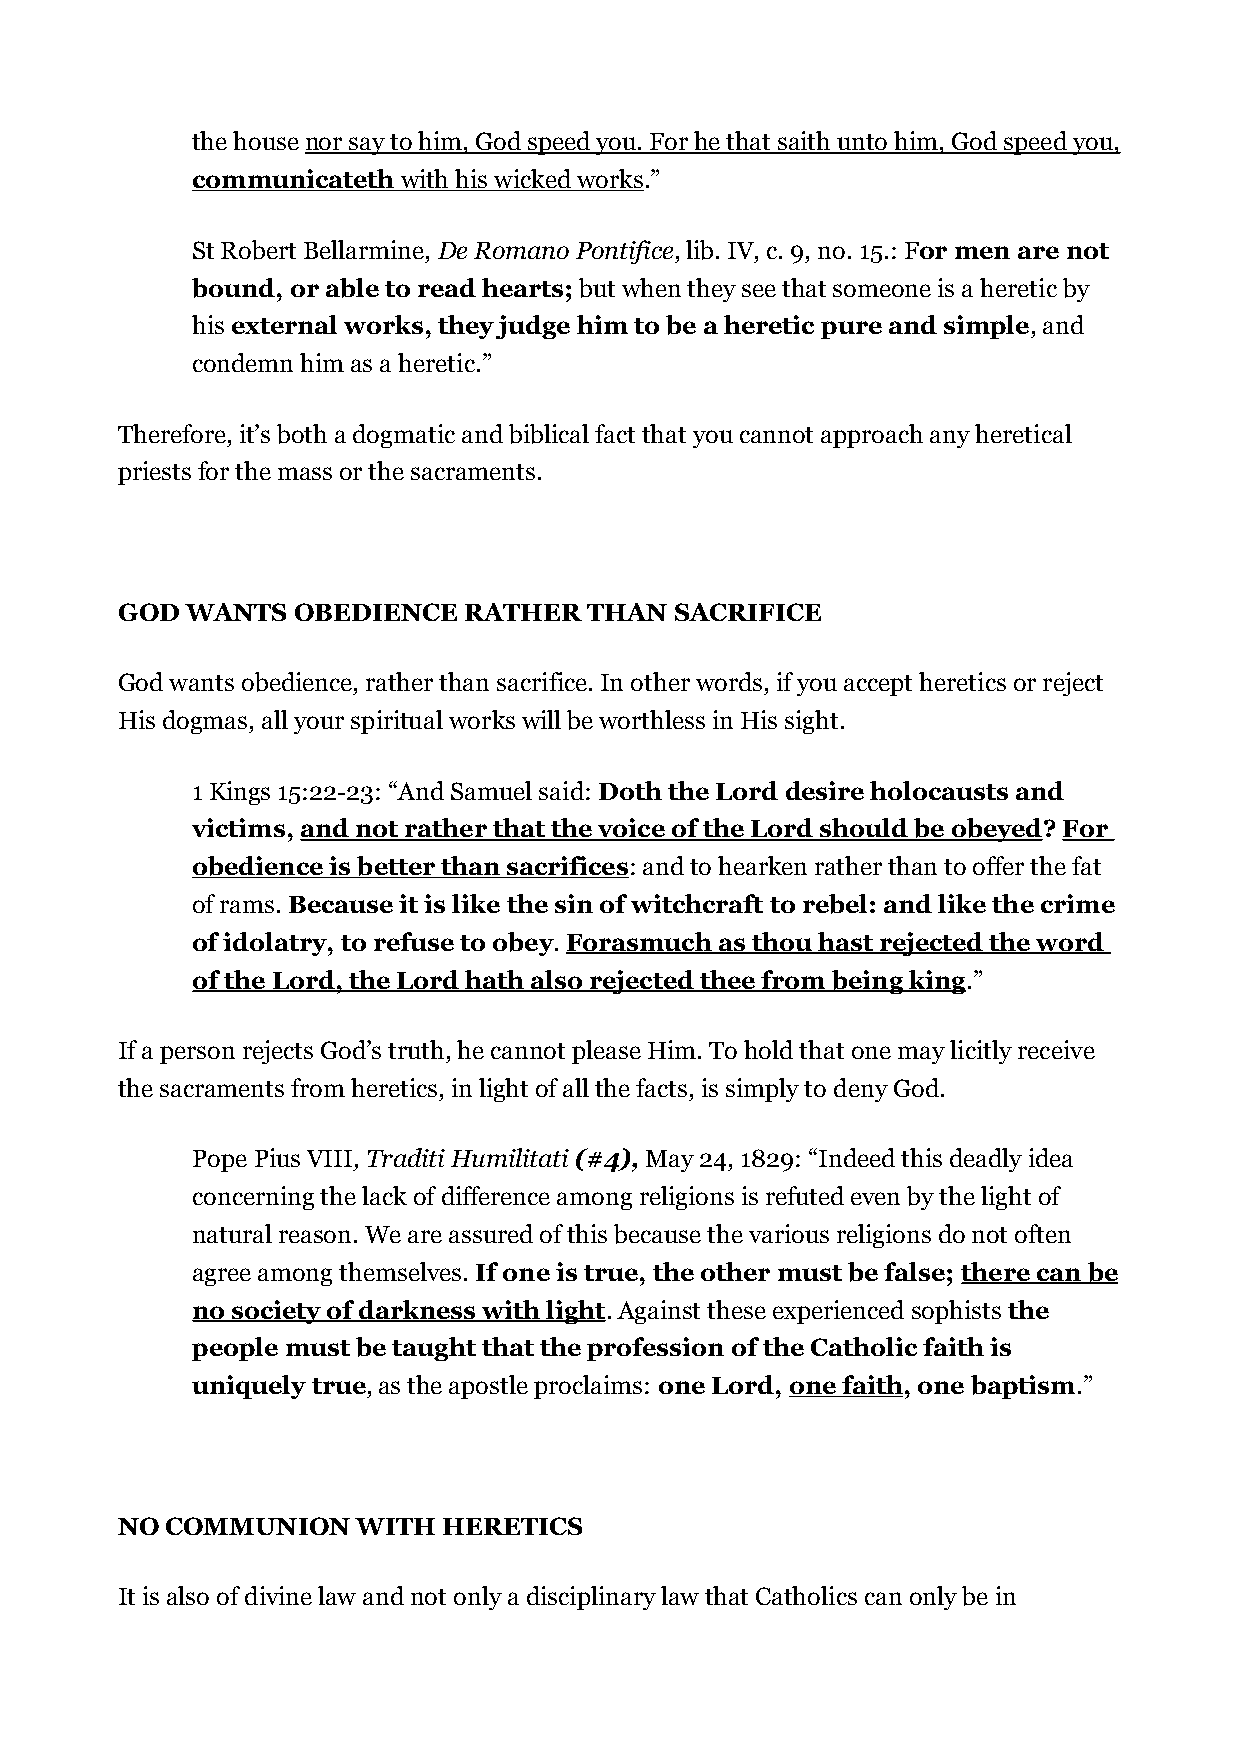
the house nor say to him, God speed you. For he that saith unto him, God speed you,
 communicateth with his wicked works .”
 St Robert Bellarmine, De Romano Pontifice, lib. IV, c. 9, no. 15.: For men are not
 bound, or able to read hearts; but when they see that someone is a heretic by
 his external works, they judge him to be a heretic pure and simple, and
 condemn him as a heretic.”
 Therefore, it’s both a dogmatic and biblical fact that you cannot approach any heretical
 priests for the mass or the sacraments.
 GOD WANTS  OBEDIENCE   RATHER  THAN  SACRIFICE
 God wants obedience, rather than sacrifice. In other words, if you accept heretics or reject
 His dogmas, all your spiritual works will be worthless in His sight.
 1 Kings 15:22-23: “And Samuel said: Doth the Lord desire holocausts and
 victims, and not rather that the voice of the Lord should be obeyed? For
 obedience is better than sacrifices: and to hearken rather than to offer the fat
 of rams. Because it is like the sin of witchcraft to rebel: and like the crime
 of idolatry, to refuse to obey. Forasmuch as thou hast rejected the word
 of the Lord, the Lord hath also rejected thee from being king.”
 If a person rejects God’s truth, he cannot please Him. To hold that one may licitly receive
 the sacraments from heretics, in light of all the facts, is simply to deny God.
 Pope Pius VIII, Traditi Humilitati (#4), May 24, 1829: “Indeed this deadly idea
 concerning the lack of difference among religions is refuted even by the light of
 natural reason. We are assured of this because the various religions do not often
 agree among themselves. If one is true, the other must be false; there can be
 no society of darkness with light. Against these experienced sophists the
 people must be taught that the profession of the Catholic faith is
 uniquely true, as the apostle proclaims: one Lord, one faith, one baptism.”
 NO COMMUNION    WITH HERETICS
 It is also of divine law and not only a disciplinary law that Catholics can only be in